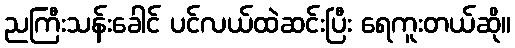
ညကြီးသန်းခေါင် ပင်လယ်ထဲဆင်းပြီး ရေကူးတယ်ဆို။